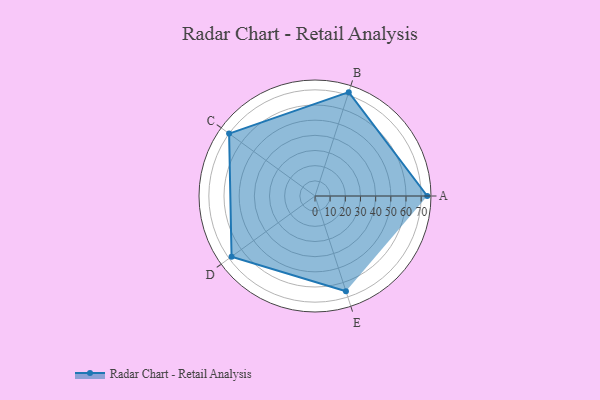
{"axis": {"x": "Skill", "y": "Score"}, "legend": ["Profile"], "data": [{"x": "A", "y": 74.0, "type": "Profile"}, {"x": "B", "y": 72.0, "type": "Profile"}, {"x": "C", "y": 70.0, "type": "Profile"}, {"x": "D", "y": 68.0, "type": "Profile"}, {"x": "E", "y": 66.0, "type": "Profile"}]}